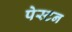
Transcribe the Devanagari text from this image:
पेस्टन